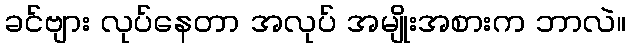
ခင်ဗျား လုပ်နေတာ အလုပ် အမျိုးအစားက ဘာလဲ။